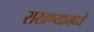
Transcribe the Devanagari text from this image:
राखण्यामध्ये